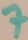
Text: 7